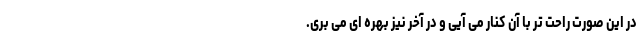
در این صورت راحت تر با آن کنار می آیی و در آخر نیز بهره ای می بری.